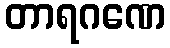
တာရဂဏေ